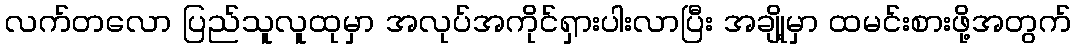
လက်တလော ပြည်သူလူထုမှာ အလုပ်အကိုင်ရှားပါးလာပြီး အချို့မှာ ထမင်းစားဖို့အတွက်